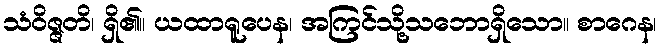
သံဝိဇ္ဇတိ၊ ရှိ၏။ ယထာရူပေန၊ အကြင်သို့သဘောရှိသော။ စာဂေန၊